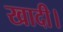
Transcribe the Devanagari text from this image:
खादी।